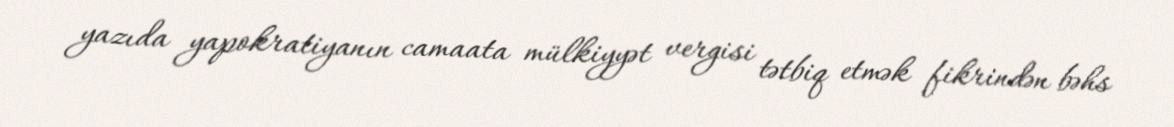
yazıda yapokratiyanın camaata mülkiyyət vergisi tətbiq etmək fikrindən bəhs